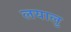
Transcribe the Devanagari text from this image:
लयालु